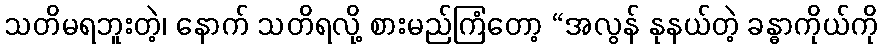
သတိမရဘူးတဲ့၊ နောက် သတိရလို့ စားမည်ကြံတော့ “အလွန် နုနယ်တဲ့ ခန္ဓာကိုယ်ကို